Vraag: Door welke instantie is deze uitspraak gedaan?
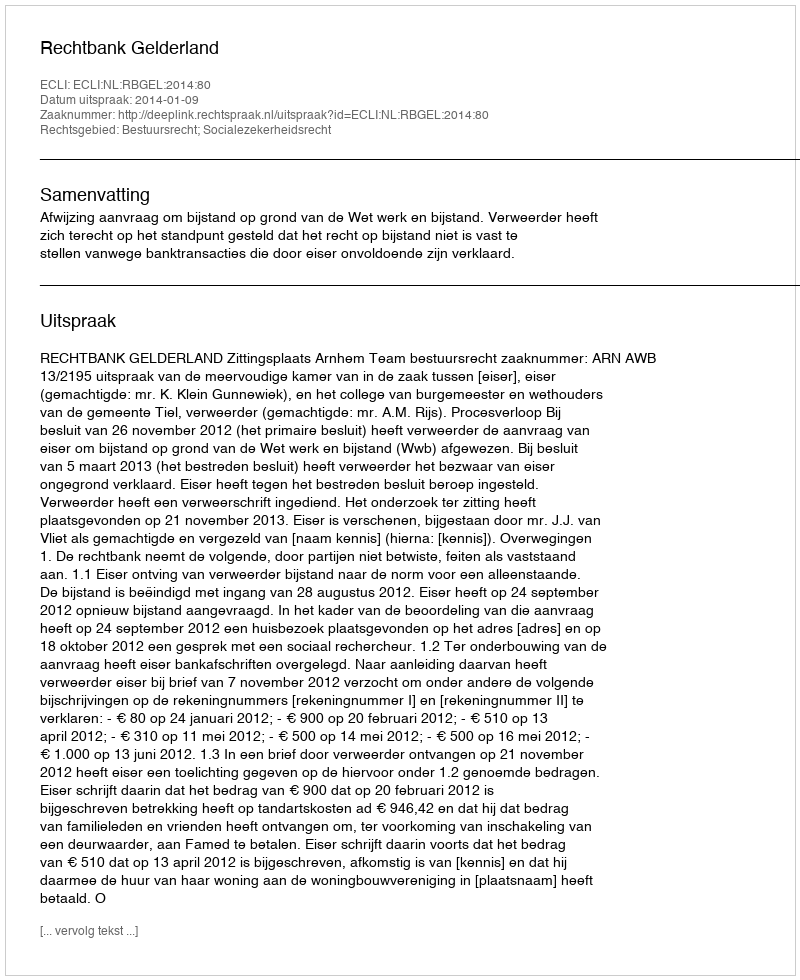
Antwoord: Rechtbank Gelderland